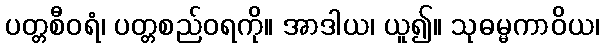
ပတ္တစီဝရံ၊ ပတ္တစည်ဝရကို။ အာဒါယ၊ ယူ၍။ သုဓမ္မကာဝိယ၊